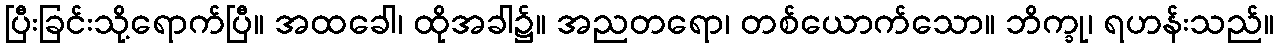
ပြီးခြင်းသို့ရောက်ပြီ။ အထခေါ၊ ထိုအခါ၌။ အညတရော၊ တစ်ယောက်သော။ ဘိက္ခု၊ ရဟန်းသည်။